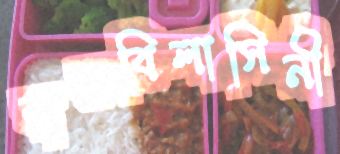
বারবিলাসিনী